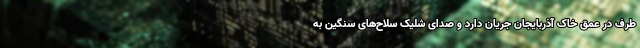
طرف در عمق خاک آذربایجان جریان دارد و صدای شلیک سلاح‌های سنگین به